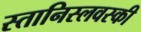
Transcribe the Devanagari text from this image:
स्तानिस्लवस्की